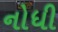
નોધી